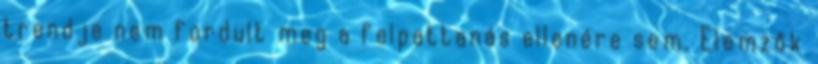
trendje nem fordult meg a felpattanás ellenére sem. Elemzők